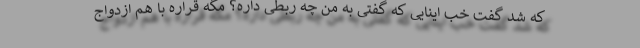
که شد گفت خب اینایی که گفتی به من چه ربطی داره؟ مگه قراره با هم ازدواج